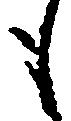
も